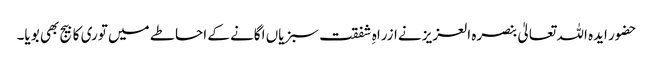
حضور ایدہ اللہ تعالیٰ بنصرہ العزیز نےازراہِ شفقت سبزیاں اگانے کے احاطے میں توری کا بیج بھی بویا۔